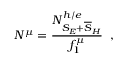
N ^ { \mu } = \frac { N _ { S _ { E } + \overline { { S } } _ { H } } ^ { h / e } } { f _ { 1 } ^ { \mu } } \; \; ,